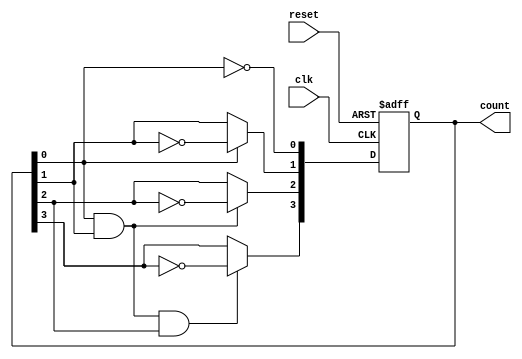
module ripple_counter (
    input wire clk,       // Clock input
    input wire reset,     // Asynchronous reset input
    output reg [3:0] count // 4-bit binary count output
);

    // Always block triggered on the clock's rising edge or reset
    always @(posedge clk or posedge reset) begin
        if (reset) begin
            count <= 4'b0000; // Reset the count to 0
        end else begin
            count[0] <= ~count[0]; // Toggle LSB
            // Toggle subsequent bits based on LSB
            count[1] <= count[0] ? ~count[1] : count[1];
            count[2] <= (count[0] & count[1]) ? ~count[2] : count[2];
            count[3] <= (count[0] & count[1] & count[2]) ? ~count[3] : count[3];
        end
    end

endmodule